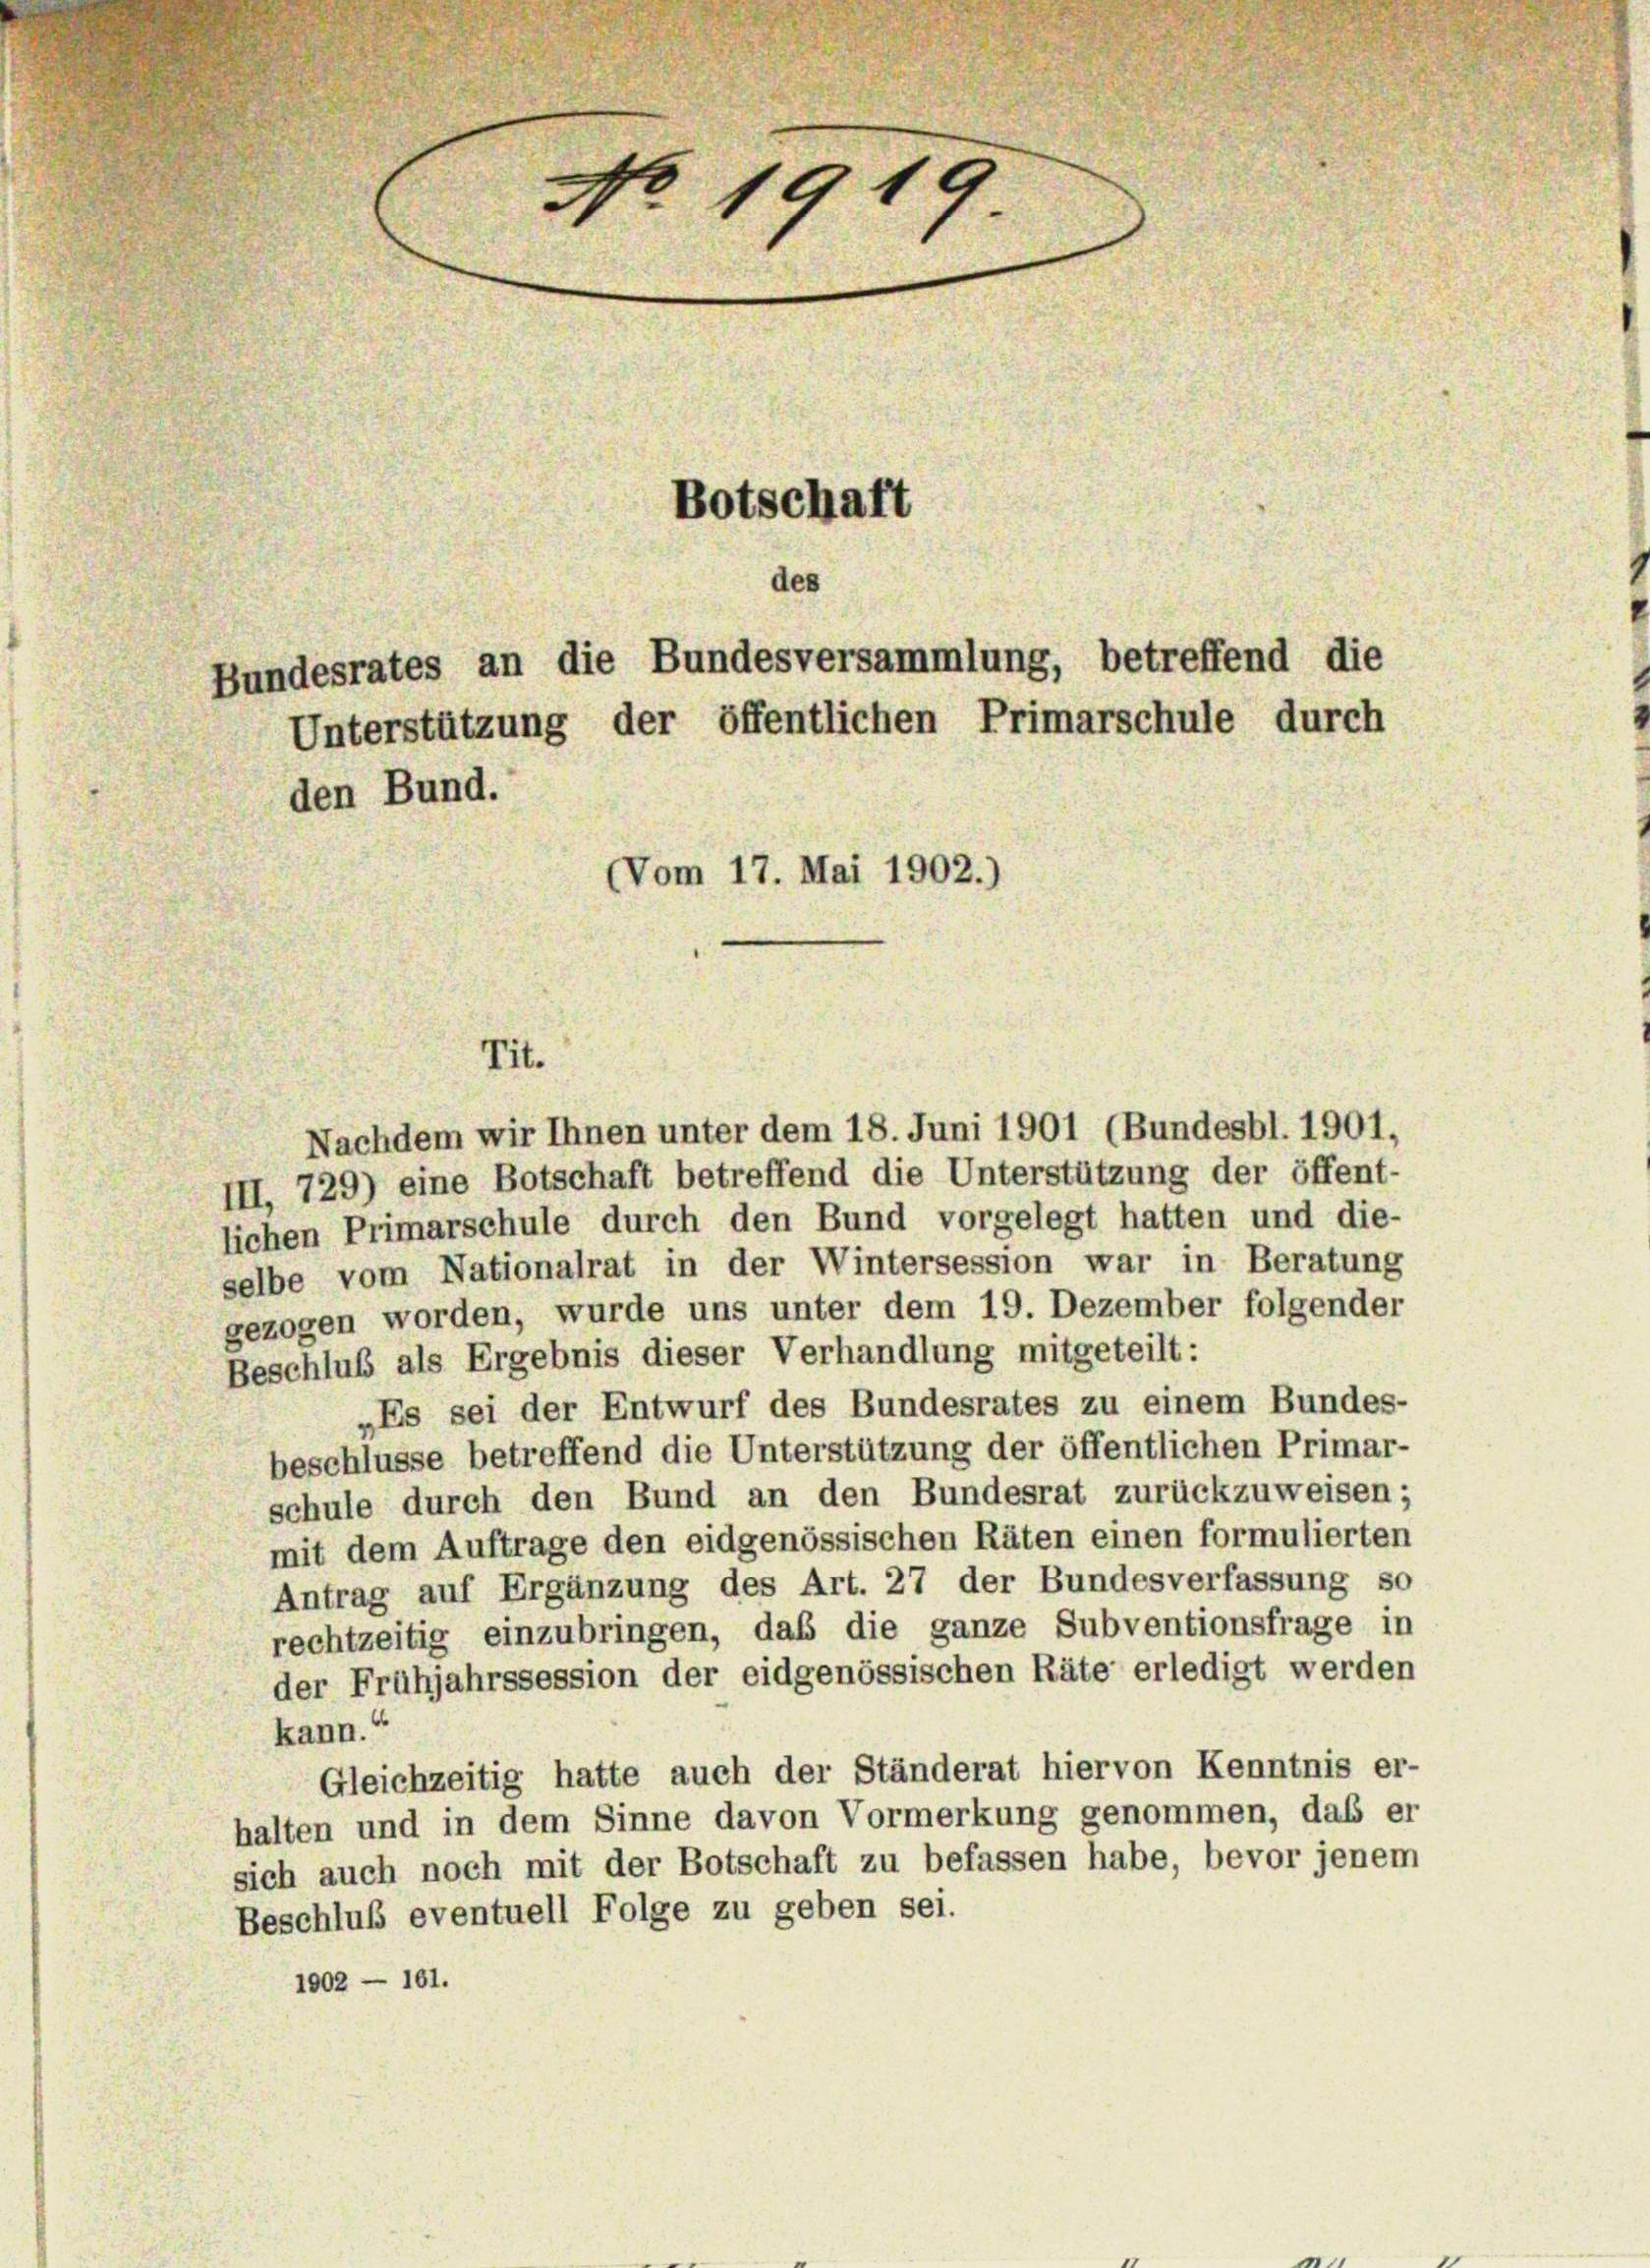
No 1910
Botschaft
des
Bundesrates an die Bundesversammlung, betreffend die
Unterstützung der öffentlichen Primarschule durch

den Bund.
(Vom 17. Mai 1902.)

Tit.

Nachdem wir Ihnen unter dem 18. Juni 1901 (Bundesbl. 1901,
III, 729) eine Botschaft betreffend die Unterstützung der öffent-
lichen Primarschule durch den Bund vorgelegt hatten und die-
selbe vom Nationalrat in der Wintersession war in Beratung
gezogen worden, wurde uns unter dem 19. Dezember folgender
Beschluß als Ergebnis dieser Verhandlung mitgeteilt:
„Es sei der Entwurf des Bundesrates zu einem Bundes-
beschlüsse betreffend die Unterstützung der öffentlichen Primar-
schule durch den Bund an den Bundesrat zurückzuweisen;
mit dem Auftrage den eidgenössischen Räten einen formulierten
Antrag auf Ergänzung des Art. 27 der Bundesverfassung so
rechtzeitig einzubringen, daß die ganze Subventionsfrage in
der Frühjahrssession der eidgenössischen Räte erledigt werden
kann.“
Gleichzeitig hatte auch der Ständerat hiervon Kenntnis er-
halten und in dem Sinne davon Vormerkung genommen, daß er
sich auch noch mit der Botschaft zu befassen habe, bevor jenem
Beschluß eventuell Folge zu geben sei.
1002 - 161.